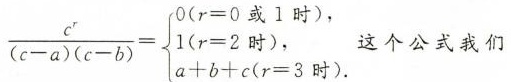
\frac { c ^ { r } } { ( c - a ) ( c - b ) } =